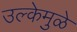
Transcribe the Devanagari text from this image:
उल्केमुळे